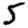
Digit: 5